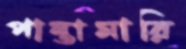
পান্তামারি